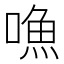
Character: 𠽐